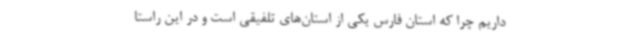
داریم چرا که استان فارس یکی از استان‌های تلفیقی است و در این راستا